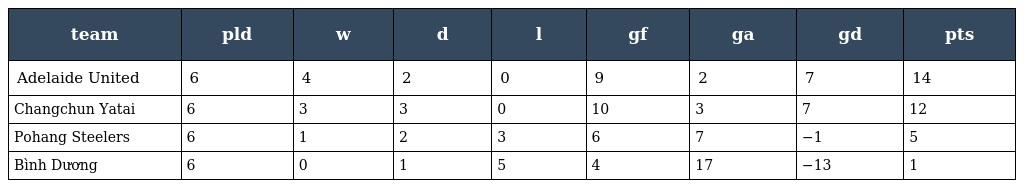
| team | pld | w | d | l | gf | ga | gd | pts |
 | --- | --- | --- | --- | --- | --- | --- | --- | --- |
 | Adelaide United | 6 | 4 | 2 | 0 | 9 | 2 | 7 | 14 |
 | Changchun Yatai | 6 | 3 | 3 | 0 | 10 | 3 | 7 | 12 |
 | Pohang Steelers | 6 | 1 | 2 | 3 | 6 | 7 | −1 | 5 |
 | Bình Dương | 6 | 0 | 1 | 5 | 4 | 17 | −13 | 1 |